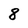
Character: 8